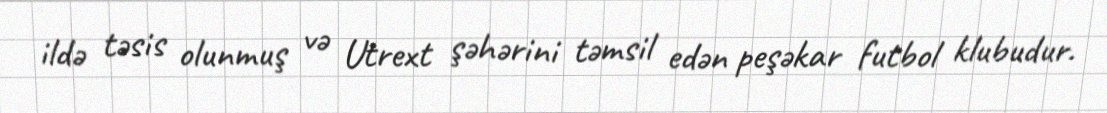
ildə təsis olunmuş və Utrext şəhərini təmsil edən peşəkar futbol klubudur.